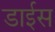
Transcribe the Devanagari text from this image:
डाईस